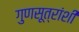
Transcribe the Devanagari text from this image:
गुणसूत्रांशी